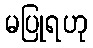
မပြုရဟု